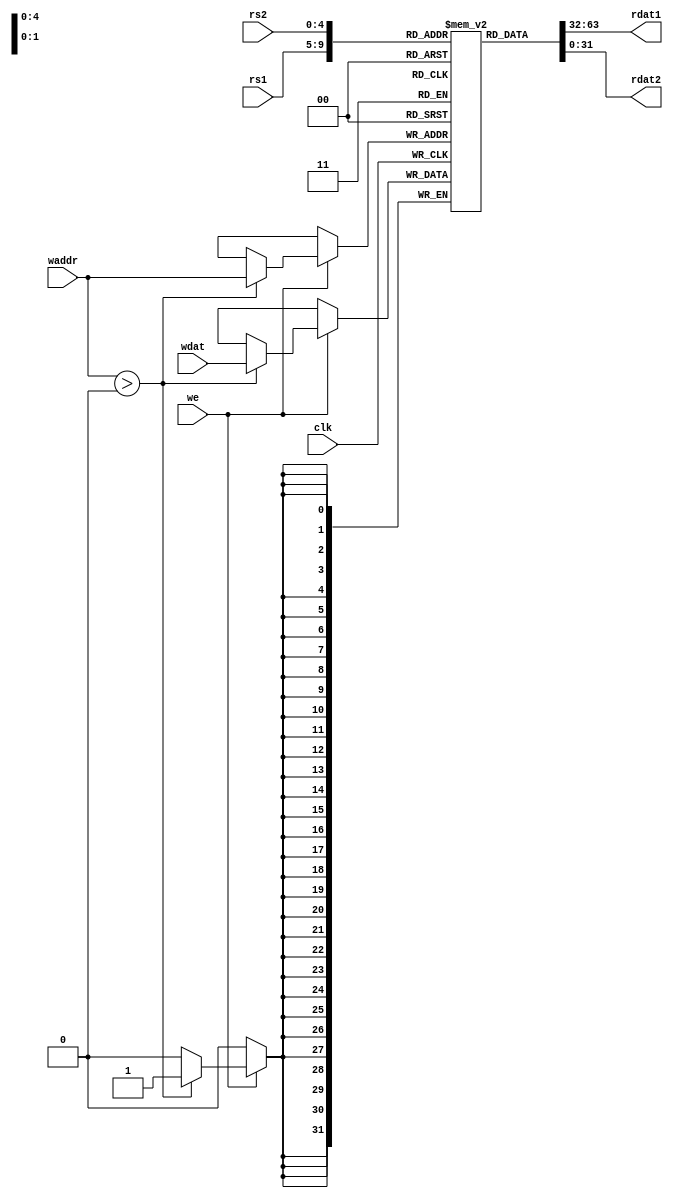
module regfile
(
    input clk,
    input we,
    input [4:0] rs1,
    input [4:0] rs2,
    input [4:0] waddr, 
    input [31:0] wdat,
    output [31:0] rdat1,
    output [31:0] rdat2   
);

reg[31:0] reg_array[31:0];

integer i;

initial begin
  for( i=0; i<32; i++ )
    reg_array[i] = 0;
end

assign rdat1 = reg_array[rs1];
assign rdat2 = reg_array[rs2];

always @ (negedge clk) begin
    if (we) begin
        if (waddr > 0) begin
           reg_array[waddr] <= wdat;
           //$display("[%0t]  regfile: wrote 0x%x to reg 0x%x", $time, wdat, waddr);
        end
    end
    //$display("[%0t]  regfile: read r1[0x%x]=0x%x r2[0x%x]=0x%x", $time, rs1, rdat1, rs2, rdat2 );
end

endmodule